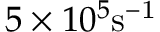
5 \times 1 0 ^ { 5 } \mathrm { s ^ { - 1 } }